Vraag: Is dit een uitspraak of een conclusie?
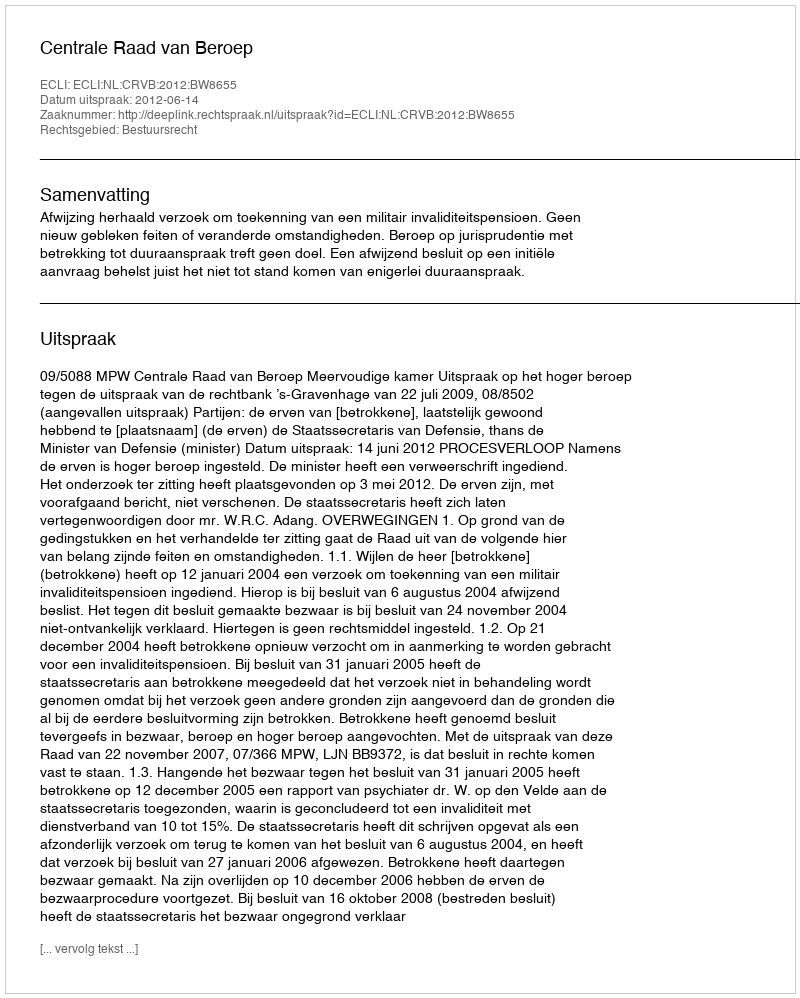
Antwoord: Uitspraak